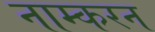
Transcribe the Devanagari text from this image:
नाम्करन